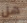
هل